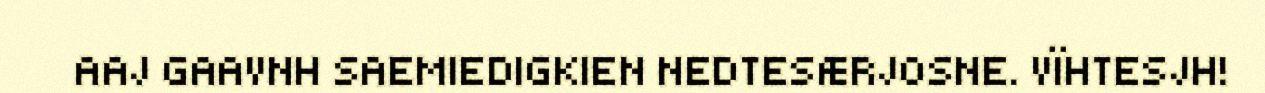
AAJ GAAVNH SAEMIEDIGKIEN NEDTESÆRJOSNE. VÏHTESJH!